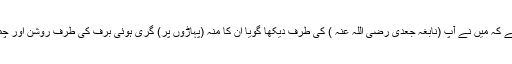
اس میں ہے کہ میں نے آپ (نابغہ جعدی رضی اللہ عنہ ) کی طرف دیکھا گویا ان کا منہ (پہاڑوں پر) گری ہوئی برف کی طرف روشن اور چمکدار تھا۔